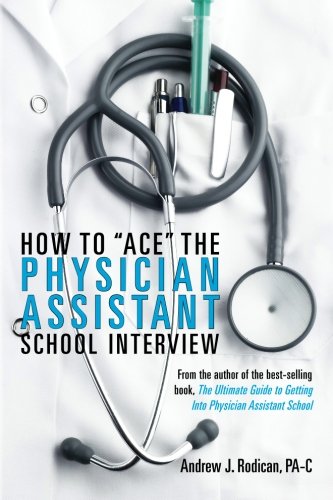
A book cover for How To "Ace" The Physician Assistant School Interview: From the author of the best -selling book, The Ultimate Guide to Getting Into Physician Assistant School; Andrew J. Rodican; Medical Books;